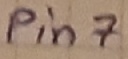
Text: Pin7